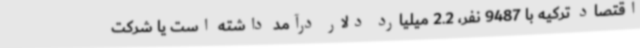
اقتصاد ترکیه با 9487 نفر، 2.2 میلیارد دلار درآمد داشته است یا شرکت